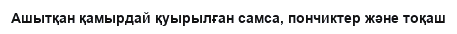
Ашытқан қамырдай қуырылған самса, пончиктер және тоқаш